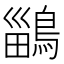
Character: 鶅